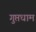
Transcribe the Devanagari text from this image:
गुप्तधाम